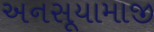
અનસૂયામાજી